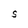
Character: S